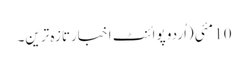
10 مئی(اُردو پوائنٹ اخبارتازہ ترین۔